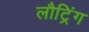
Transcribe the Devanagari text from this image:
लौट्रिंग